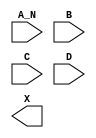
module sky130_fd_sc_hs__and4b (
    //# {{data|Data Signals}}
    input  A_N,
    input  B  ,
    input  C  ,
    input  D  ,
    output X
);

    // Voltage supply signals
    supply1 VPWR;
    supply0 VGND;

endmodule